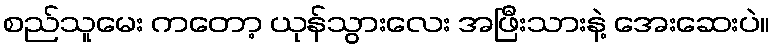
စည်သူမေး ကတော့ ယုန်သွားလေး အဖြီးသားနဲ့ အေးဆေးပဲ။